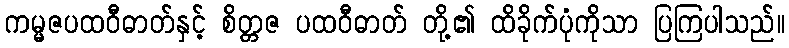
ကမ္မဇပထဝီဓာတ်နှင့် စိတ္တဇ ပထဝီဓာတ် တို့၏ ထိခိုက်ပုံကိုသာ ပြကြပါသည်။